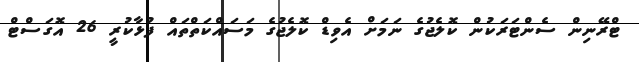
ޓްރޭނިން ސެންޓަރަކުން ކޮލެޖުގެ ނަމަށް އެވިޑް ކޮލެޖުގެ މަސައްކަތްތައް ފުޅާކުރީ 26 އޮގަސްޓް